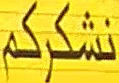
نَشْرِكُم